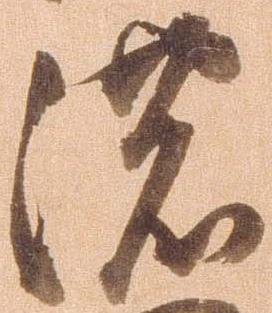
濃